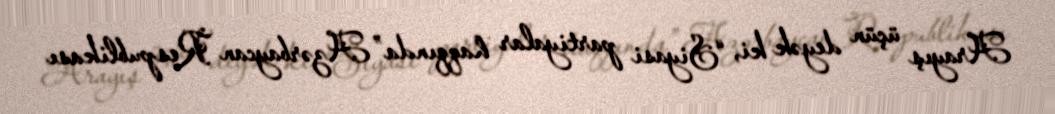
Arayış üçün deyək ki, “Siyasi partiyalar haqqında” Azərbaycan Respublikası